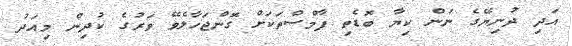
އަދި ދުނިޔޭގެ ނަން ކިޔާ ބޮޑެތި ފާމްސްތަކަށް ގޮންޖަހާލެވޭ ވަރުގެ ކުދިން މިއަދު